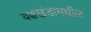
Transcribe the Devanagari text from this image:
वक्षखंडामधील